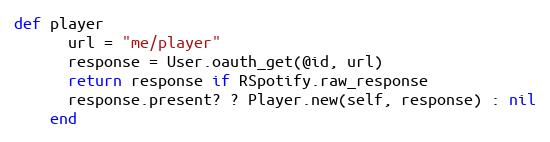
Language: Ruby
def player
      url = "me/player"
      response = User.oauth_get(@id, url)
      return response if RSpotify.raw_response
      response.present? ? Player.new(self, response) : nil
    end